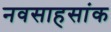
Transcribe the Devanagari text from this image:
नवसाहसांक